Report of the Hyderabad Chloroform Commission
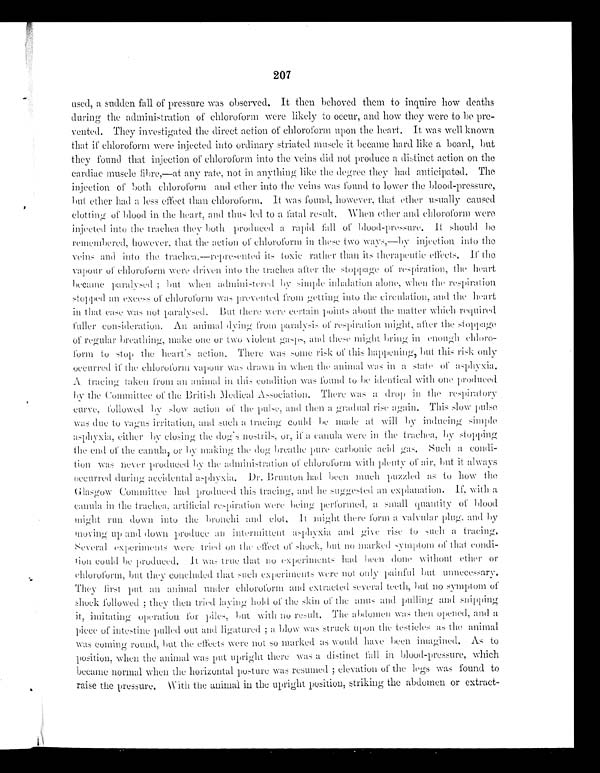
207
used, a sudden fall of pressure was observed. It then behoved them to inquire how deaths
during the administration of chloroform were likely to occur, and how they were to be pre--
vented. They investigated the direct action of chloroform upon the heart. It was well known
that if chloroform were injected into ordinary striated muscle it became hard like a board, but
they found that injection of chloroform into the veins did not produce a distinct action on the
cardiac muscle fibre,—at any rate, not in anything like the degree they had anticipated. The
injection of both chloroform and ether into the veins was found to lower the blood-pressure,
but ether had a less effect than chloroform. It was found, however , t hat et her us ual l y caus ed
clothing of blood in the heart, and thus led to a fatal result. When ether and chloroform were
injected into the trachea they both produced a rapid fall of blood-pressure. It should be
remembered, however, that the action of chloroform in those two ways,—by injection into the
veins and into the trachea.—represended its toxic rather than its therapeutic effects. If the
vapour of chloroform were driven into the trachea after the stoppage of respiration, the heart
became paralysed; but when administered by s i m p l e i n h a l a t i o n a l o n e ,
w h e n t h e r e s p i r a t i o n
stopped all excess of chloroform was prevented from getting into the circulation, and the heart
in that case was not paralysed. But there were certain points about the matter which required
fuller consideration. An animal dying from paralysis of respiration after the stoppage
of regular breathing, make one or two violent gasps, and these might bring in enough chloro
-form to stop the heart’s action, There was some risk of this happening, b ut this risk only
occurred if the chloroform vapour was drawn in when the animal was in a state of asphyxia.
A tracing taken from an animal in this condition was found to be identical with one produced
by the Committee of the British Medical Association. There was a drop in the respiratory
curve, followed by slow action of the puke, and then a gradual rise again. This slow pulse
was due to vagus irritation ; and such a t r a c i n g c o u l d b e m a d e a t w i l l b y
i n d u c i n g s i m p l e
asphyxia, either by closing the dog’s nostrils, or, if a canula were in the trachea, by stopping
the end of the canula, o r b y
M a k i n gt
h e d o g b r e a t h e
p u r e c a r b o n i c a c i d g a s .
S u c h
a c o n d i t i o n
w a s n e v e r p r o d u c e d b y t h e a d m i n i s t r a t i o no
f c h l o r o f o r m
w i t h p l e n t y
o f
a i r , b u t
i t a l w a y s
occurred during , accidental asphyxia. Dr.Bruntonh a d
b e e n m u c h p u z z l e d a s
t o h o w t h e
Glasgow Committee had produced this tracing, and he sugguested an explanation. If, With a
canula in the trachea, artificial respiration Were being performed, a small quantity of blood
might run down into the bronchi and clot.It
might there form a valvular plug,and by
moving up and down produce an intermittent asphyxia and give rise to such a tracing.
s everal experiments Were tried on the effect of s hock, but no marked symptom of that condi
-tion could be produced. It was true that no experiments had been done without ether or
chloroform, but they concluded that such experiments Were not only painful but unnecessary.
They first put an animal under chloroform and extracted several teeth, but no symptom of
shock followed ; they then tried laying hold of the skin of the anus and pulling and snipping
it , imitating operation for piles, but with no result. The abdomen was then o p e n e d , a n d
a
piece of intestine pulled out an d l i ga t ur e d ; a bl ow wa s s t r uc k upon t he t e s t i c l e s a s t he a ni ma l
was coming round, but the effects were not so marked as would have been imagined. As to
position, when the animal was put-upright there was a distinct fall in blood-pressure, which
became normal when the horizontal posture w a s r e s u m e d ; e l e v a t i o n
o f t h e l e g s w a s f o u n d
t o
raise the pressure. w ith the animal in the upright position, striking the abdomen or extract-